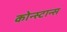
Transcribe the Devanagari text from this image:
कोन्स्टान्स